Kallis,_Oskar, lk 68
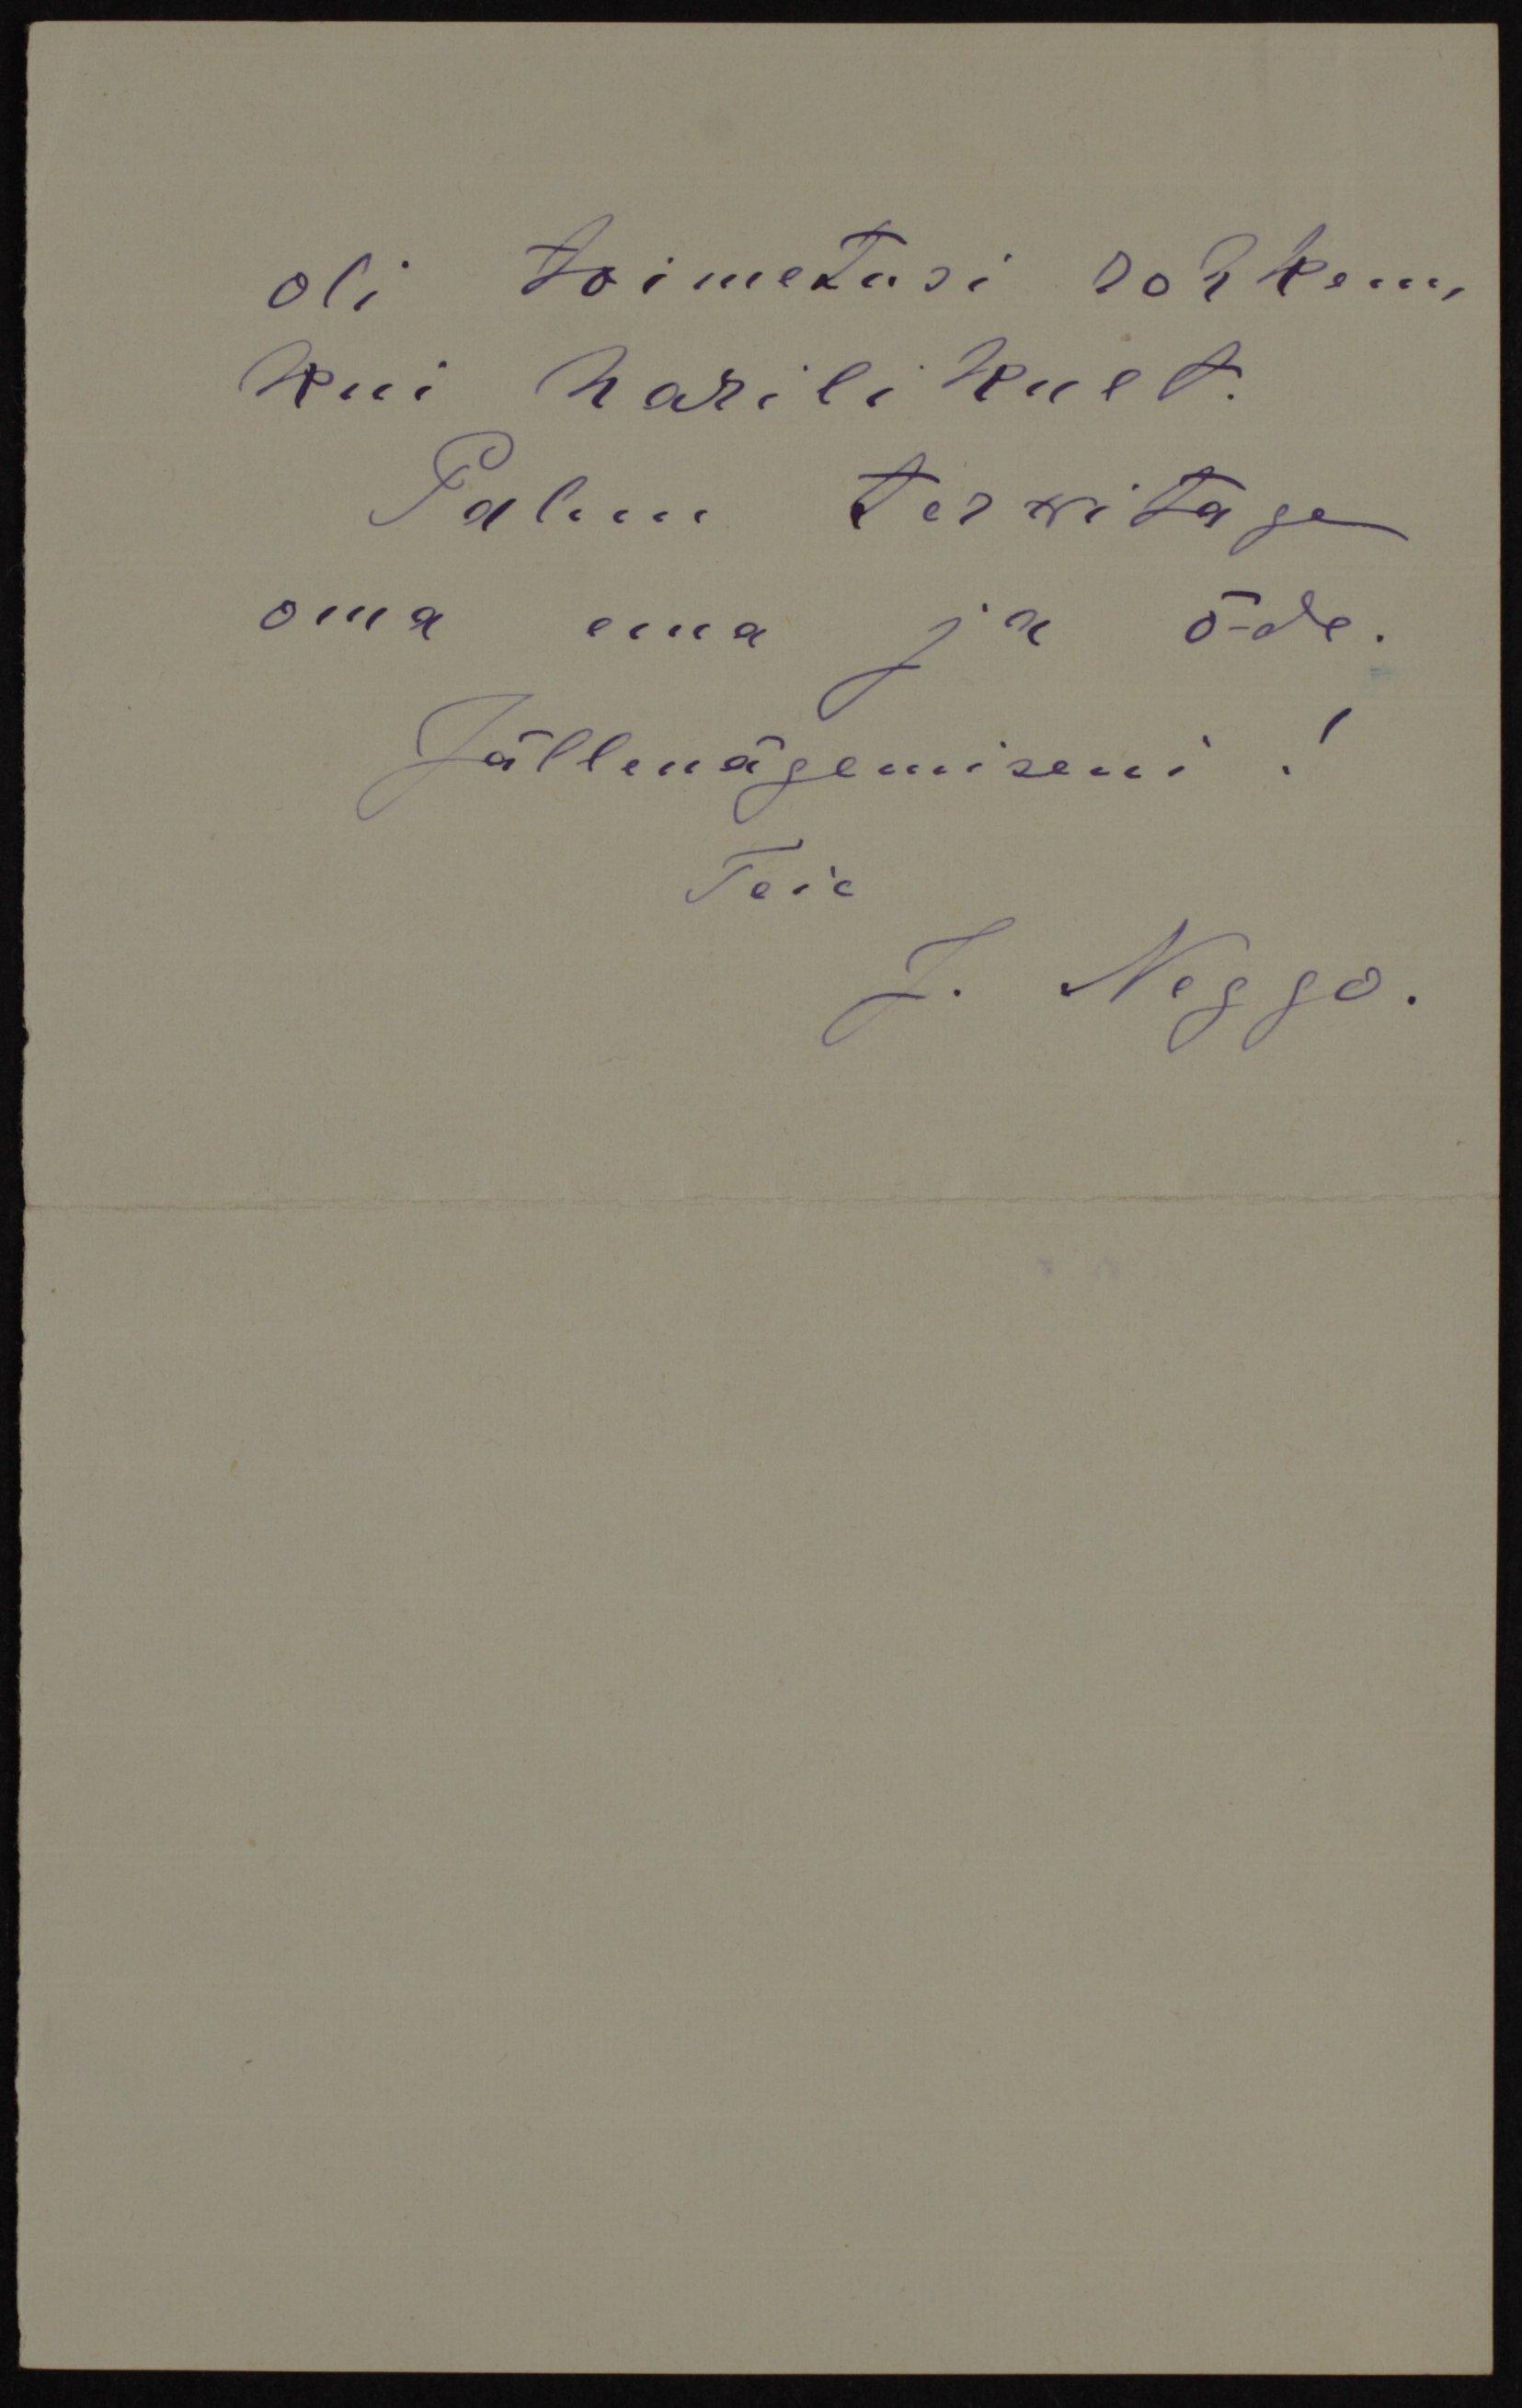
oli toimetusi rohkem
Kui harilikult.
Palun terwitage
oma ema ja õ-de.
Jällenägemiseni!
Teie
J. Neggo.